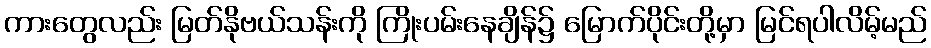
ကားတွေလည်း မြတ်နိုဗယ်သန်းကို ကြိုးပမ်းနေချိန်၌ မြောက်ပိုင်းတို့မှာ မြင်ရပါလိမ့်မည်